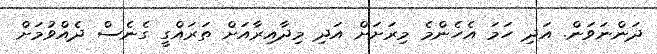
ދަންނަވަން. އަދި ހަމަ އެހެންމެ މިރަށަށް އަދި މިދާއިރާއަށް ތަރައްގީ ގެނެސް ދެއްވުމަށް